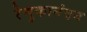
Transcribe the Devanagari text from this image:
रेणुकानंदन